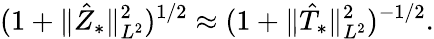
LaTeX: (1+\Vert\hat{Z}_{*}\Vert_{L^{2}}^{2})^{1/2}\approx(1+\Vert\hat{T}_{*}\Vert_{L^{2}}^{2})^{-1/2}.